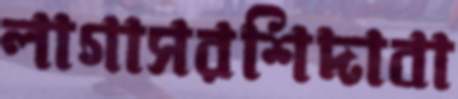
লাগাসরশিদাবা